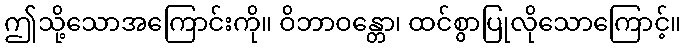
ဤသို့သောအကြောင်းကို။ ဝိဘာဝန္တော၊ ထင်စွာပြုလိုသောကြောင့်။